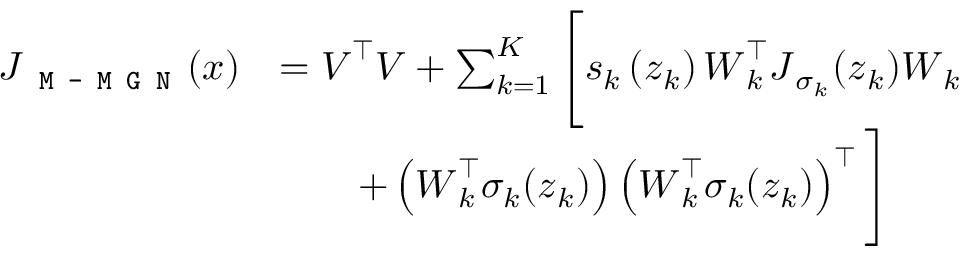
\begin{array} { r l } { \boldsymbol { J } _ { \mathrm { \texttt { M - M G N } } } ( \boldsymbol { x } ) } & { = \boldsymbol { V } ^ { \top } \boldsymbol { V } + \sum _ { k = 1 } ^ { K } \Bigg [ s _ { k } \left( \boldsymbol { z } _ { k } \right) \boldsymbol { W } _ { k } ^ { \top } \boldsymbol { J } _ { \sigma _ { k } } ( \boldsymbol { z } _ { k } ) \boldsymbol { W } _ { k } } \\ & { \qquad + \left( \boldsymbol { W } _ { k } ^ { \top } \sigma _ { k } ( \boldsymbol { z } _ { k } ) \right) \left( \boldsymbol { W } _ { k } ^ { \top } \sigma _ { k } ( \boldsymbol { z } _ { k } ) \right) ^ { \top } \Bigg ] } \end{array}